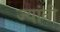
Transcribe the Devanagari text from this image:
ज्‍यांनी